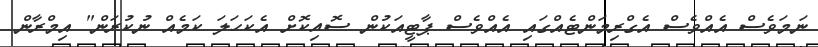
ނަމަވެސް އެއްވެސް އެގްރިމަންޓެއްގައި އެއްވެސް ޕާޓީއަކުން ސޮއިކޮށް އެކަހަލަ ކަމެއް ނުކުރަން" އިމްރާން